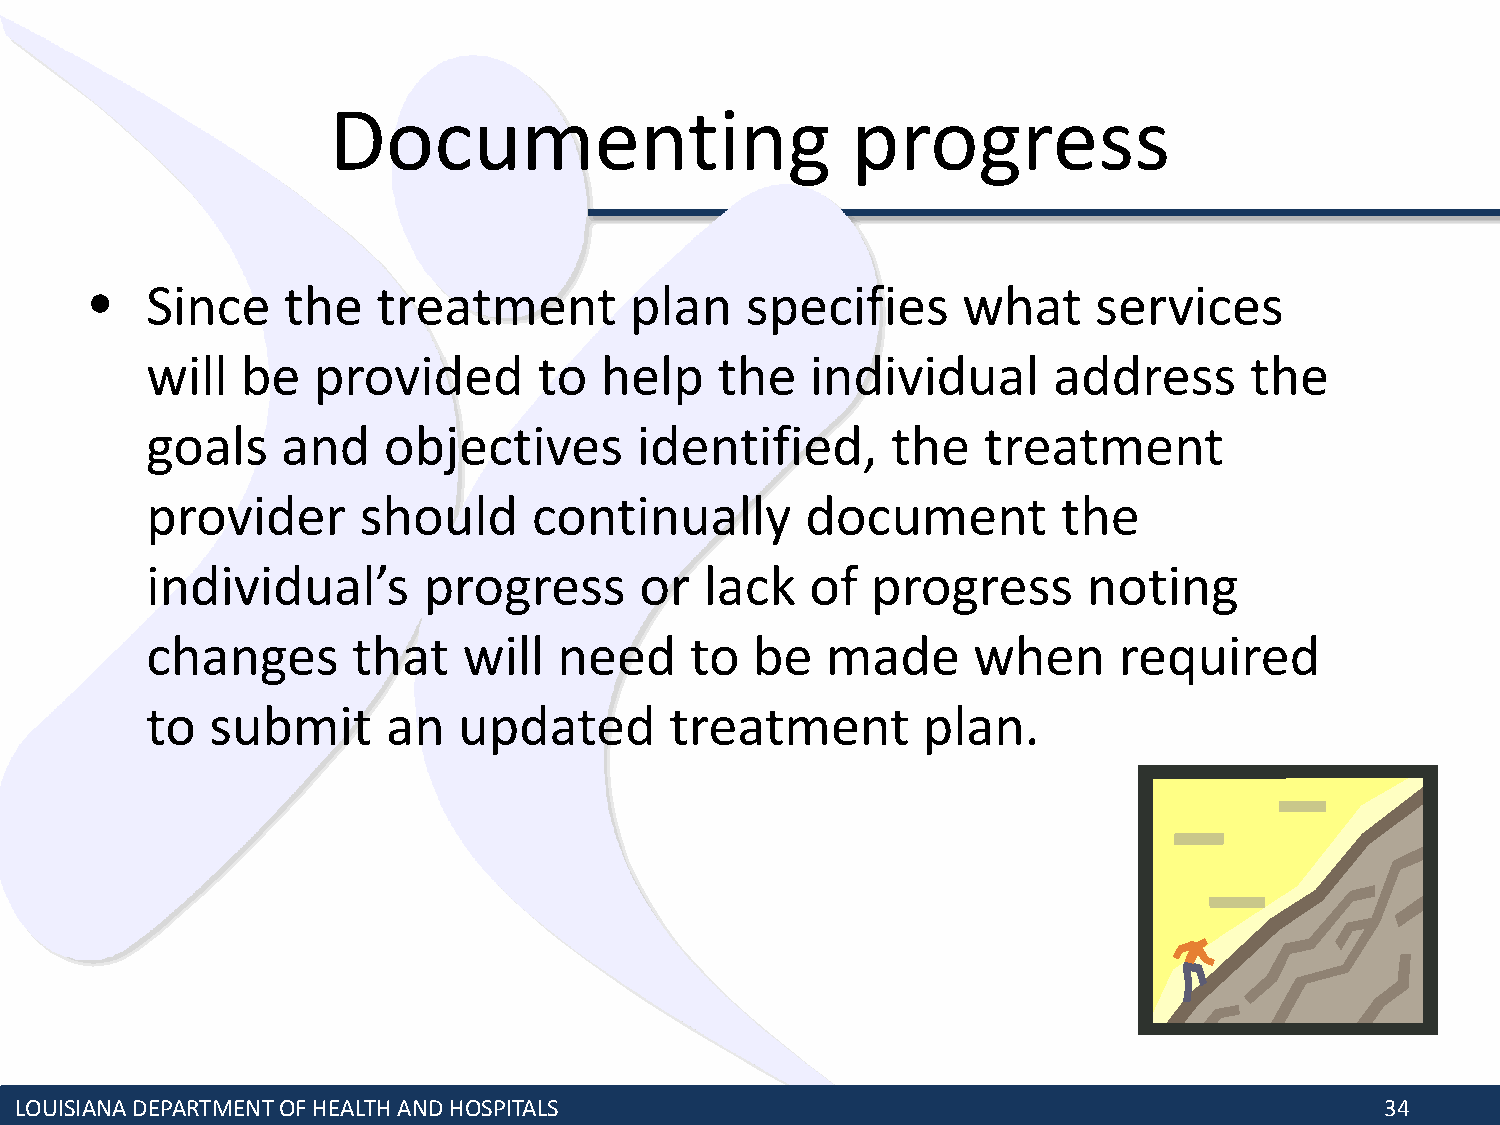
Documenting                       progress
 •   Since    the   treatment        plan   specifies      what     services
 will  be   provided       to  help    the   individual      address      the
 goals    and   objectives       identified,      the   treatment
 provider      should     continually       document         the
 individual’s      progress      or   lack   of  progress      noting
 changes      that    will  need     to  be   made     when      required
 to  submit      an  updated       treatment        plan.
 LOUISIANA DEPARTMENT OF HEALTH AND HOSPITALS                                               34